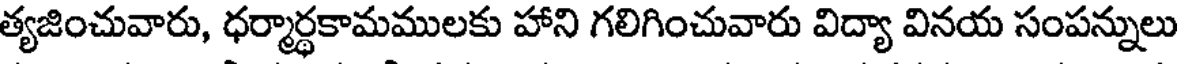
త్యజించువారు, ధర్మార్థకామములకు హాని గలిగించువారు విద్యా వినయ సంపన్నులు